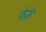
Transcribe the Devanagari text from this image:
फेरूँ